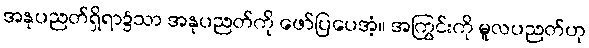
အနုပညတ်ရှိရာ၌သာ အနုပညတ်ကို ဖော်ပြပေအံ့။ အကြွင်းကို မူလပညတ်ဟု